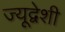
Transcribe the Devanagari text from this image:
ज्यूद्वेशी